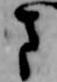
方